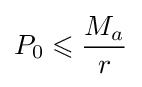
P_{0}\leqslant {\frac {M_{a}}{r}}